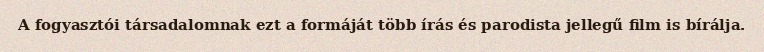
A fogyasztói társadalomnak ezt a formáját több írás és parodista jellegű film is bírálja.